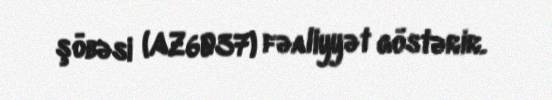
şöbəsi (AZ6037) fəaliyyət göstərir.